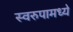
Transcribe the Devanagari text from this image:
स्वरुपामध्ये